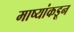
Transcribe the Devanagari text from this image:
माष्यांकडून